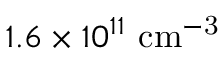
1 . 6 \times 1 0 ^ { 1 1 } ~ \mathrm { { c m ^ { - 3 } } }